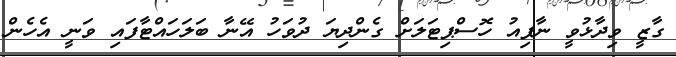
ގާޒީ ވިދާޅުވީ ނާފިއު ހޮސްޕިޓަލަށް ގެންދިޔަ ދުވަހު އޭނާ ބަލަހައްޓާފައި ވަނީ އެހެން